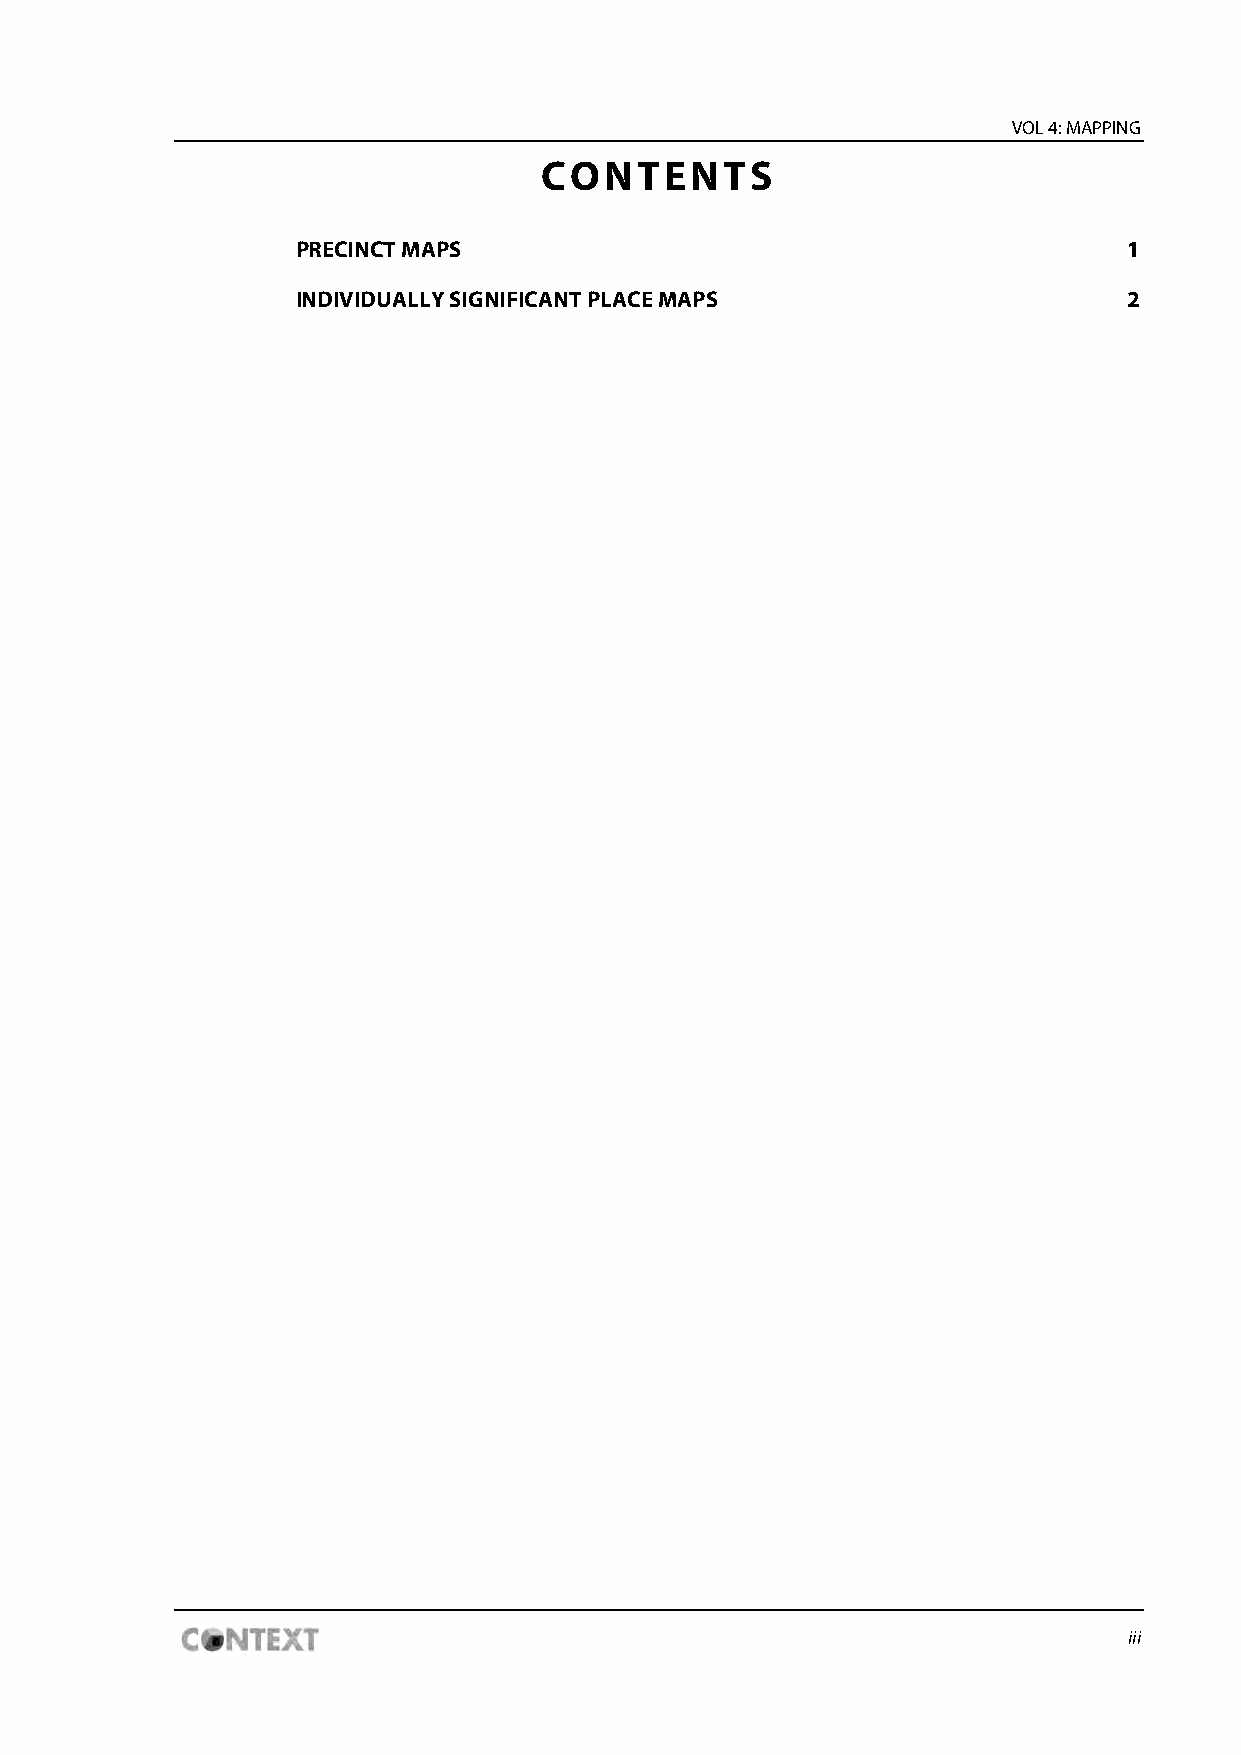
VOL 4: MAPPING
 CONTENTS
 PRECINCT MAPS                                          1
 INDIVIDUALLY SIGNIFICANT PLACE MAPS                    2
 iii